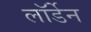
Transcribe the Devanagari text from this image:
लॉर्डेन